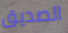
الصديق